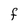
Character: f